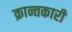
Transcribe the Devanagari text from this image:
क्रान्तकारी